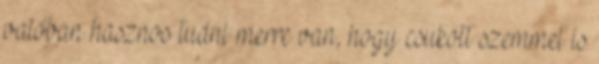
valóban hasznos tudni merre van, hogy csukott szemmel is